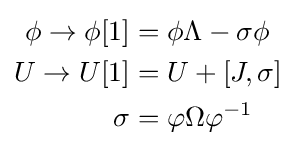
{\begin{aligned}\phi \to \phi [1]&=\phi \Lambda -\sigma \phi \\U\to U[1]&=U+[J,\sigma ]\\\sigma &=\varphi \Omega \varphi ^{-1}\end{aligned}}